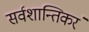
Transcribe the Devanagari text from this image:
सर्वशान्तिकरं